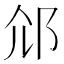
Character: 𨚐